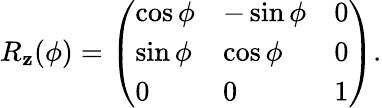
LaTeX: R_{\mathbf{z}}(\phi)=\left(\begin{array}{lll}{\cos\phi}&{-\sin\phi}&{0}\\ {\sin\phi}&{\cos\phi}&{0}\\ {0}&{0}&{1}\end{array}\right).